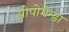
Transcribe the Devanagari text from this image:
प्रोपोगेन्डा